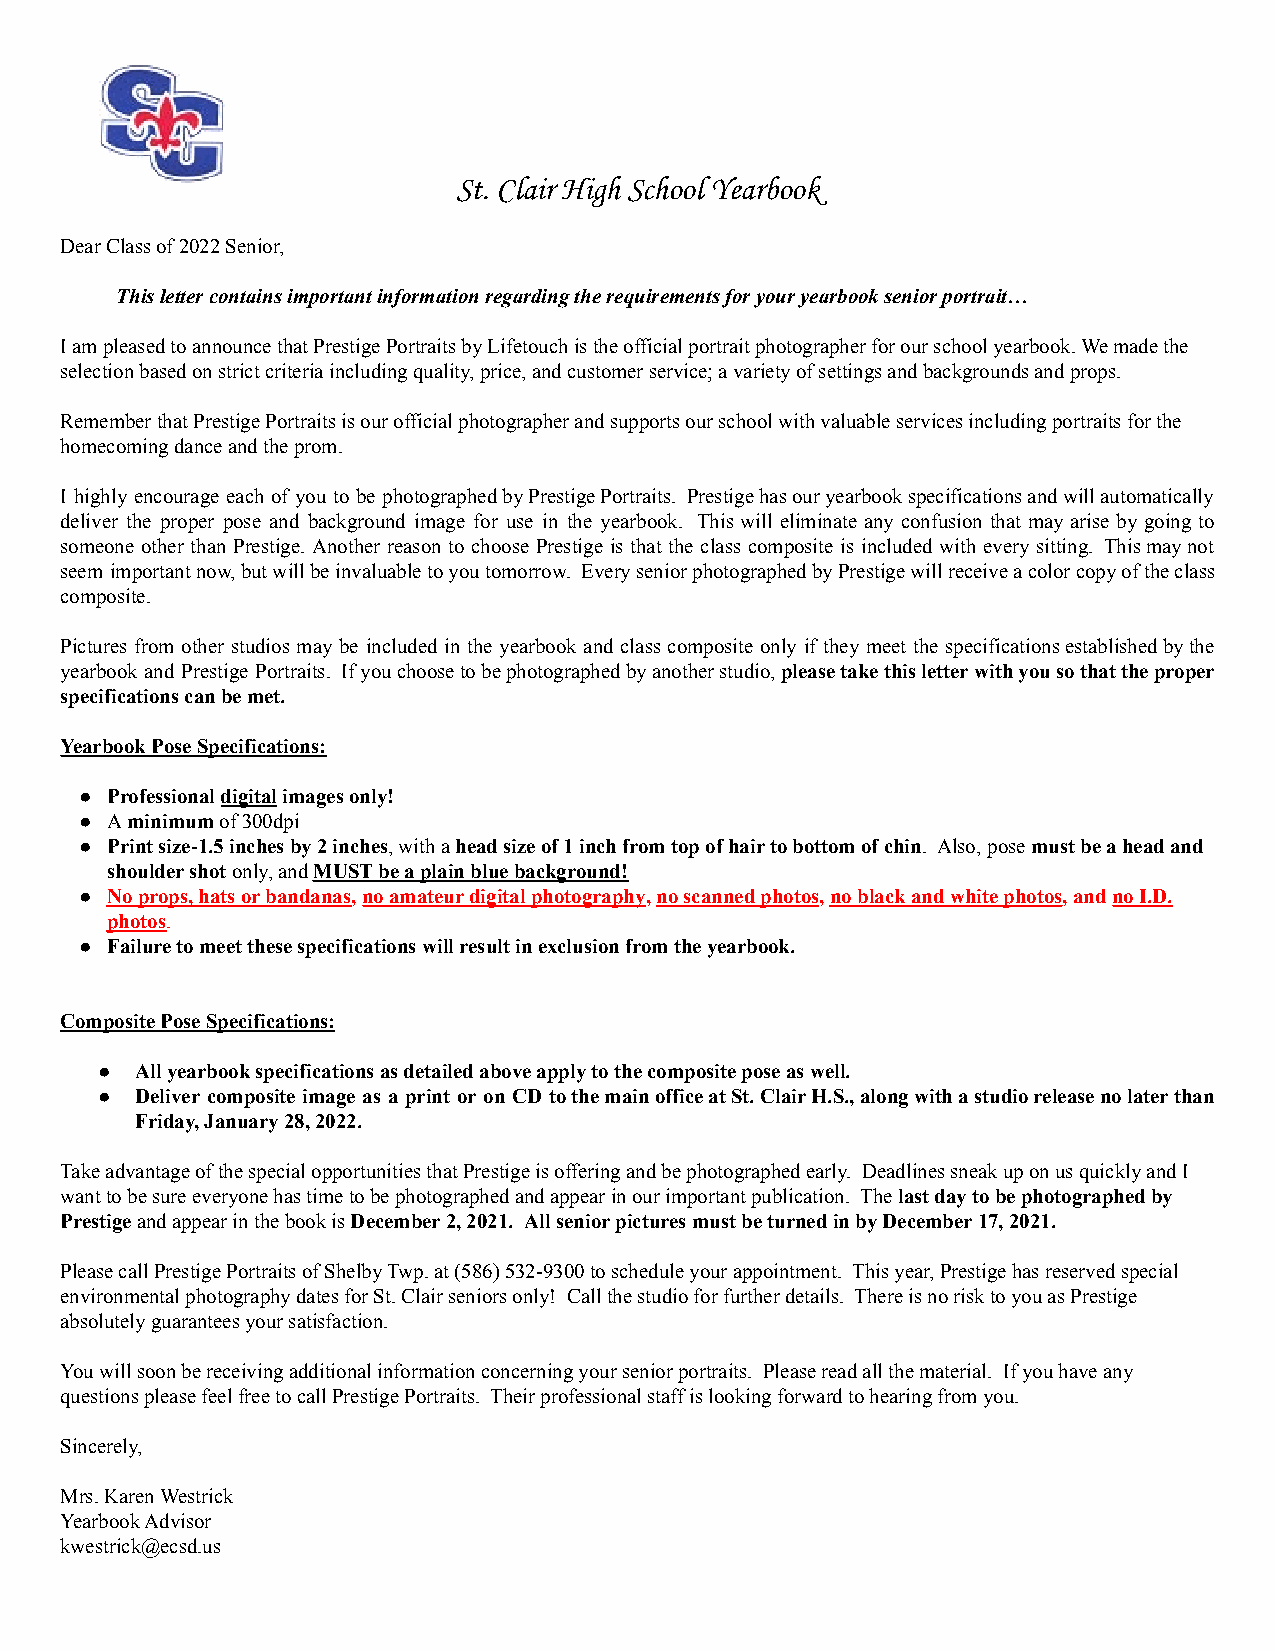
St. Clair High School Yearbook
 Dear Class of 2022 Senior,
 This letter contains important information regarding the requirements for your yearbook senior portrait…
 I am pleased to announce that Prestige Portraits by Lifetouch is the official portrait photographer for our school yearbook. We made the
 selection based on strict criteria including quality, price, and customer service; a variety of settings and backgrounds and props.
 Remember that Prestige Portraits is our official photographer and supports our school with valuable services including portraits for the
 homecoming dance and the prom.
 I highly encourage each of you to be photographedbyPrestigePortraits. Prestigehasouryearbookspecificationsandwillautomatically
 deliver the proper pose and background image for use in the yearbook. This will eliminate any confusion that may arise by going to
 someone other than Prestige. Another reason to choose Prestige is that the class composite is included with every sitting. Thismaynot
 seem importantnow,butwillbeinvaluabletoyoutomorrow. EveryseniorphotographedbyPrestigewillreceiveacolorcopyoftheclass
 composite.
 Pictures from other studios may be included in the yearbook and class composite only if they meet the specificationsestablishedbythe
 yearbook and Prestige Portraits. Ifyouchoosetobephotographedbyanotherstudio,pleasetakethisletterwithyousothattheproper
 specifications can be met.
 Yearbook Pose Specifications:
 ● Professionaldigitalimages only!
 ● Aminimumof 300dpi
 ● Print size-1.5 inches by 2 inches, with ahead sizeof 1 inchfrom top of hair to bottom of chin. Also, posemust be a head and
 shoulder shotonly, andMUST be a plain blue background!
 ● No props, hats or bandanas,no amateur digital photography,no scanned photos,no black and white photos, andno I.D.
 photos.
 ● Failure to meet these specifications will result in exclusion from the yearbook.
 Composite Pose Specifications:
 ●  All yearbook specifications as detailed above apply to the composite pose as well.
 ●  Deliver composite image as a print or on CD tothemainofficeatSt.ClairH.S.,alongwithastudioreleasenolaterthan
 Friday, January 28, 2022.
 Take advantage of the special opportunities that Prestige is offering and be photographed early. Deadlines sneak up on us quickly and I
 want to be sure everyone has time to be photographed and appear in our important publication. Thelastday to be photographed by
 Prestigeand appear in the book isDecember 2, 2021. All senior picturesmust be turned in by December17, 2021.
 Please call Prestige Portraits of Shelby Twp. at (586) 532-9300 to schedule your appointment. This year, Prestige has reserved special
 environmental photography dates for St. Clair seniors only! Call the studio for further details. There is no risk to you as Prestige
 absolutely guarantees your satisfaction.
 You will soon be receiving additional information concerning your senior portraits. Please read all the material. If you have any
 questions please feel free to call Prestige Portraits. Their professional staff is looking forward to hearing from you.
 Sincerely,
 Mrs. Karen Westrick
 Yearbook Advisor
 kwestrick@ecsd.us